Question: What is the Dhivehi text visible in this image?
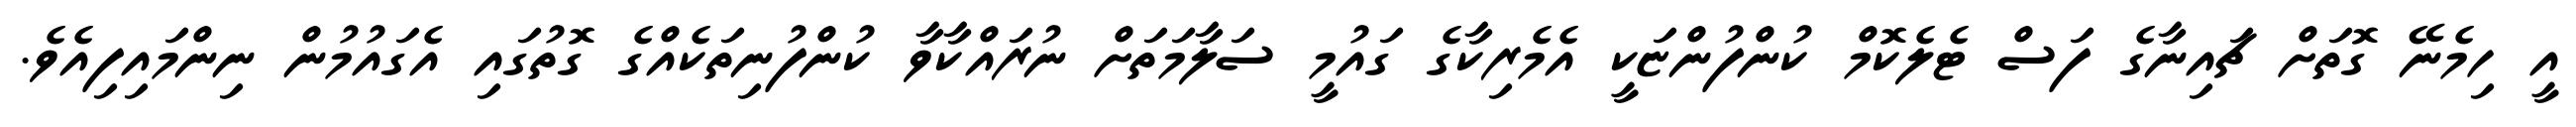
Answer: އީ ހިމެނޭ ގޮތަށް ޗައިނާގެ ފަސް ޓެލެކޮމް ކުންފުންޏަކީ އެމެރިކާގެ ގައުމީ ސަލާމަތަށް ނުރައްކާވާ ކުންފުނިތަކެއްގެ ގޮތުގައި އެގައުމުން ނިންމައިފިއެވެ.